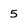
Character: 5